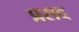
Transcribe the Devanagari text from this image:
प्रसद